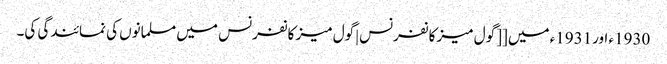
1930ء اور1931ء میں [[گول میز کانفرنس|گول میز کانفرنس میں مسلمانوں کی نمائندگی کی۔